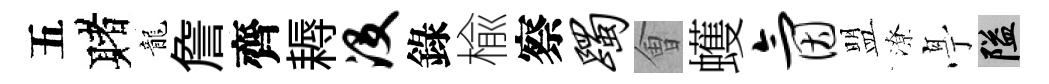
五赌龍詹齊耨没錄楡察躅㑹蠖氤盟潦𠅘隘